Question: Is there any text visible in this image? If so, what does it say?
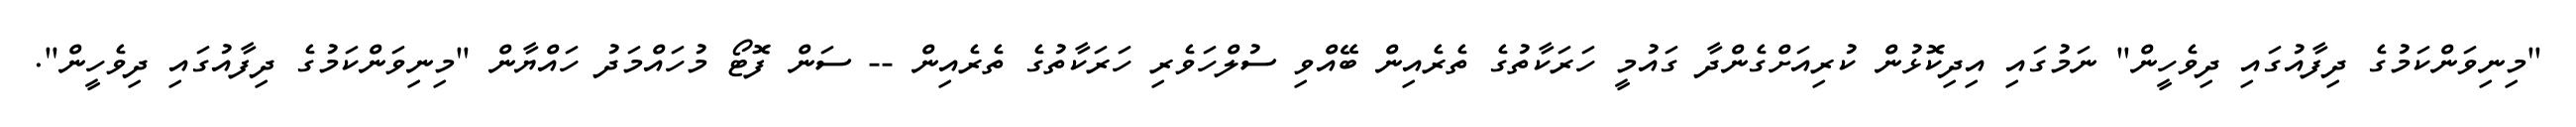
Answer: "މިނިވަންކަމުގެ ދިފާއުގައި ދިވެހީން" ނަމުގައި އިދިކޮޅުން ކުރިއަށްގެންދާ ގައުމީ ހަރަކާތުގެ ތެރެއިން ބޭއްވި ސުލްހަވެރި ހަރަކާތުގެ ތެރެއިން -- ސަން ފޮޓޯ މުހައްމަދު ހައްޔާން "މިނިވަންކަމުގެ ދިފާއުގައި ދިވެހީން".